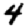
Digit: 4